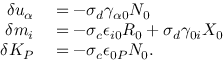
\begin{array} { r l } { \delta u _ { \alpha } } & { { } = - \sigma _ { d } \gamma _ { \alpha 0 } N _ { 0 } } \\ { \delta m _ { i } } & { { } = - \sigma _ { c } \epsilon _ { i 0 } R _ { 0 } + \sigma _ { d } \gamma _ { 0 i } X _ { 0 } } \\ { \delta K _ { P } } & { { } = - \sigma _ { c } \epsilon _ { 0 P } N _ { 0 } . } \end{array}